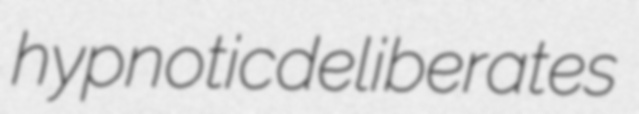
hypnotic deliberates